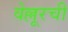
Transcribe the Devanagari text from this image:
वेल्लूरची